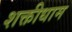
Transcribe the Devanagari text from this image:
शक्तीधाम